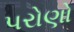
પરોણો